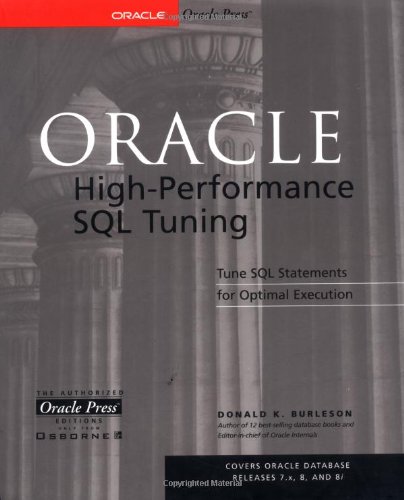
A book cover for Oracle High-Performance SQL Tuning; Donald Burleson; Computers & Technology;